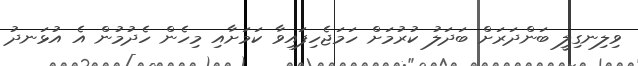
ވިލިނގިލީ ބަންދަރަށް ބަދަލު ކުރުމަށް ހަމަޖެހިފައިވާ ކަމަށާއި މިހެން ހެދުމުން އެ އުޅަނދު